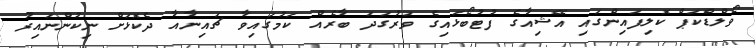
ވޯލްޑްކަޕް ކޮލިފައިންގައި އޭޝިއާގެ ފުޓުބޯޅައިގެ ވަރުގަދަ ބާރެއް ކަމުގައިވާ ޗައިނާއާ ދެކޮޅަށް ނިކުންނައިރު